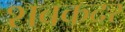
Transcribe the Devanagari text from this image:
शबकदर